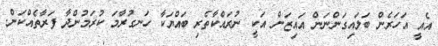
އެއީ އަހަރެން ބަލައިގަންނަން އައިޒަން އަކީ ނުރައްކާތެރި ބައްޔަކާ ހަނގުރާމަ ކުރަމުންދާ ފަރާތެއްކަން.